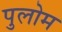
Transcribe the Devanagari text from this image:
पुलोम